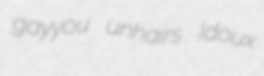
gayyou unhairs Idoux